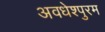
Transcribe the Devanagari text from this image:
अवधेश्पुरम